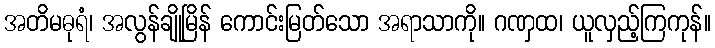
အတိမဓုရံ၊ အလွန်ချိုမြိန် ကောင်းမြတ်သော အရာသာကို။ ဂဏှထ၊ ယူလှည့်ကြကုန်။